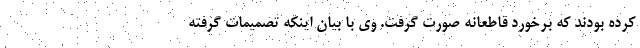
کرده بودند که برخورد قاطعانه صورت گرفت. وی با بیان اینکه تصمیمات گرفته